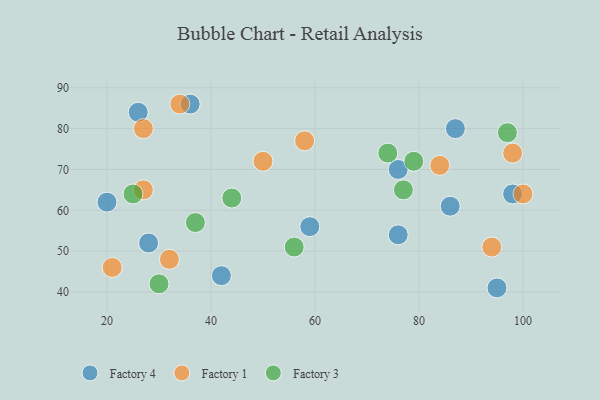
{"axis": {"x": "GDP", "y": "Life Expectancy"}, "legend": ["Factory 1", "Factory 3", "Factory 4"], "data": [{"x": "95", "y": 41, "type": "Factory 4"}, {"x": "42", "y": 44, "type": "Factory 4"}, {"x": "87", "y": 80, "type": "Factory 4"}, {"x": "76", "y": 70, "type": "Factory 4"}, {"x": "20", "y": 62, "type": "Factory 4"}, {"x": "36", "y": 86, "type": "Factory 4"}, {"x": "59", "y": 56, "type": "Factory 4"}, {"x": "76", "y": 54, "type": "Factory 4"}, {"x": "26", "y": 84, "type": "Factory 4"}, {"x": "28", "y": 52, "type": "Factory 4"}, {"x": "98", "y": 64, "type": "Factory 4"}, {"x": "86", "y": 61, "type": "Factory 4"}, {"x": "32", "y": 48, "type": "Factory 1"}, {"x": "34", "y": 86, "type": "Factory 1"}, {"x": "84", "y": 71, "type": "Factory 1"}, {"x": "58", "y": 77, "type": "Factory 1"}, {"x": "50", "y": 72, "type": "Factory 1"}, {"x": "27", "y": 65, "type": "Factory 1"}, {"x": "98", "y": 74, "type": "Factory 1"}, {"x": "100", "y": 64, "type": "Factory 1"}, {"x": "21", "y": 46, "type": "Factory 1"}, {"x": "27", "y": 80, "type": "Factory 1"}, {"x": "94", "y": 51, "type": "Factory 1"}, {"x": "30", "y": 42, "type": "Factory 3"}, {"x": "56", "y": 51, "type": "Factory 3"}, {"x": "77", "y": 65, "type": "Factory 3"}, {"x": "79", "y": 72, "type": "Factory 3"}, {"x": "74", "y": 74, "type": "Factory 3"}, {"x": "97", "y": 79, "type": "Factory 3"}, {"x": "44", "y": 63, "type": "Factory 3"}, {"x": "37", "y": 57, "type": "Factory 3"}, {"x": "25", "y": 64, "type": "Factory 3"}]}